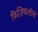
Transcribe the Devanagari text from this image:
फिज़िकलीशे